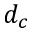
d _ { c }